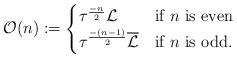
LaTeX: \begin{align*} \mathcal{O}(n) := \begin{cases} \tau^{\frac{-n}{2}} \mathcal{L} & \mbox{if $n$ is even} \\ \tau^{\frac{-(n-1)}{2}} \overline{\mathcal{L}} & \mbox{if $n$ is odd.} \end{cases}\end{align*}